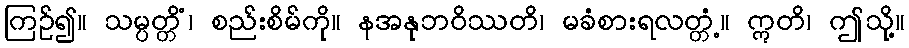
ကြဉ်၍။ သမ္ပတ္တိံ၊ စည်းစိမ်ကို။ နအနုဘဝိဿတိ၊ မခံစားရလတ္တံ့။ ဣတိ၊ ဤသို့။